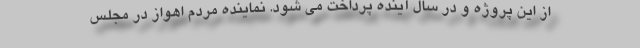
از این پروژه و در سال آینده پرداخت می شود. نماینده مردم اهواز در مجلس